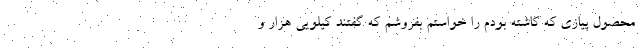
محصول پیازی که کاشته بودم را خواستم بفروشم که گفتند کیلویی هزار و